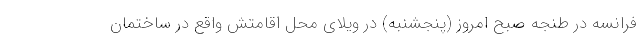
فرانسه در طنجه صبح امروز (پنجشنبه) در ویلای محل اقامتش واقع در ساختمان